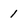
Character: 1